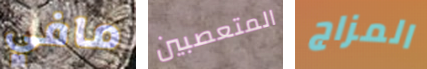
مافي المتعصبين المزاج